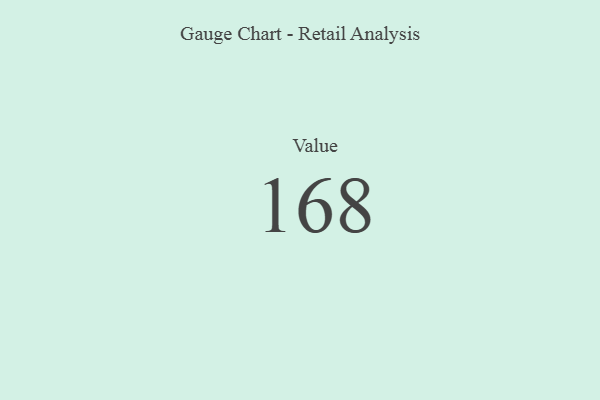
{"axis": {"x": "Metric", "y": "Value"}, "legend": [""], "data": [{"x": "Value", "y": 168, "type": ""}]}